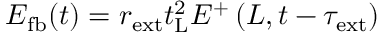
\begin{array} { r } { E _ { \mathrm { f b } } ( t ) = r _ { \mathrm { e x t } } t _ { \mathrm { L } } ^ { 2 } E ^ { + } \left( L , t - \tau _ { \mathrm { e x t } } \right) } \end{array}